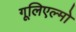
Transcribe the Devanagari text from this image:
गूलिएल्मो